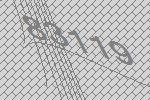
83119